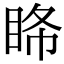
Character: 𥅹